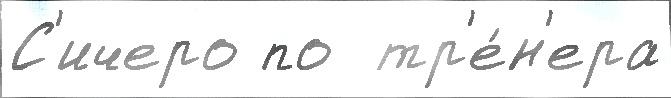
С'ичеро по  тр'е́н'ера